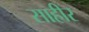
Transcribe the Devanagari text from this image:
साहीर